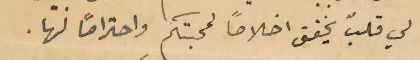
لي قلبُ يخفق اخلاصاً لمحبتكم واحترامًا لها.